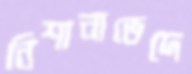
নিশানাভেদে